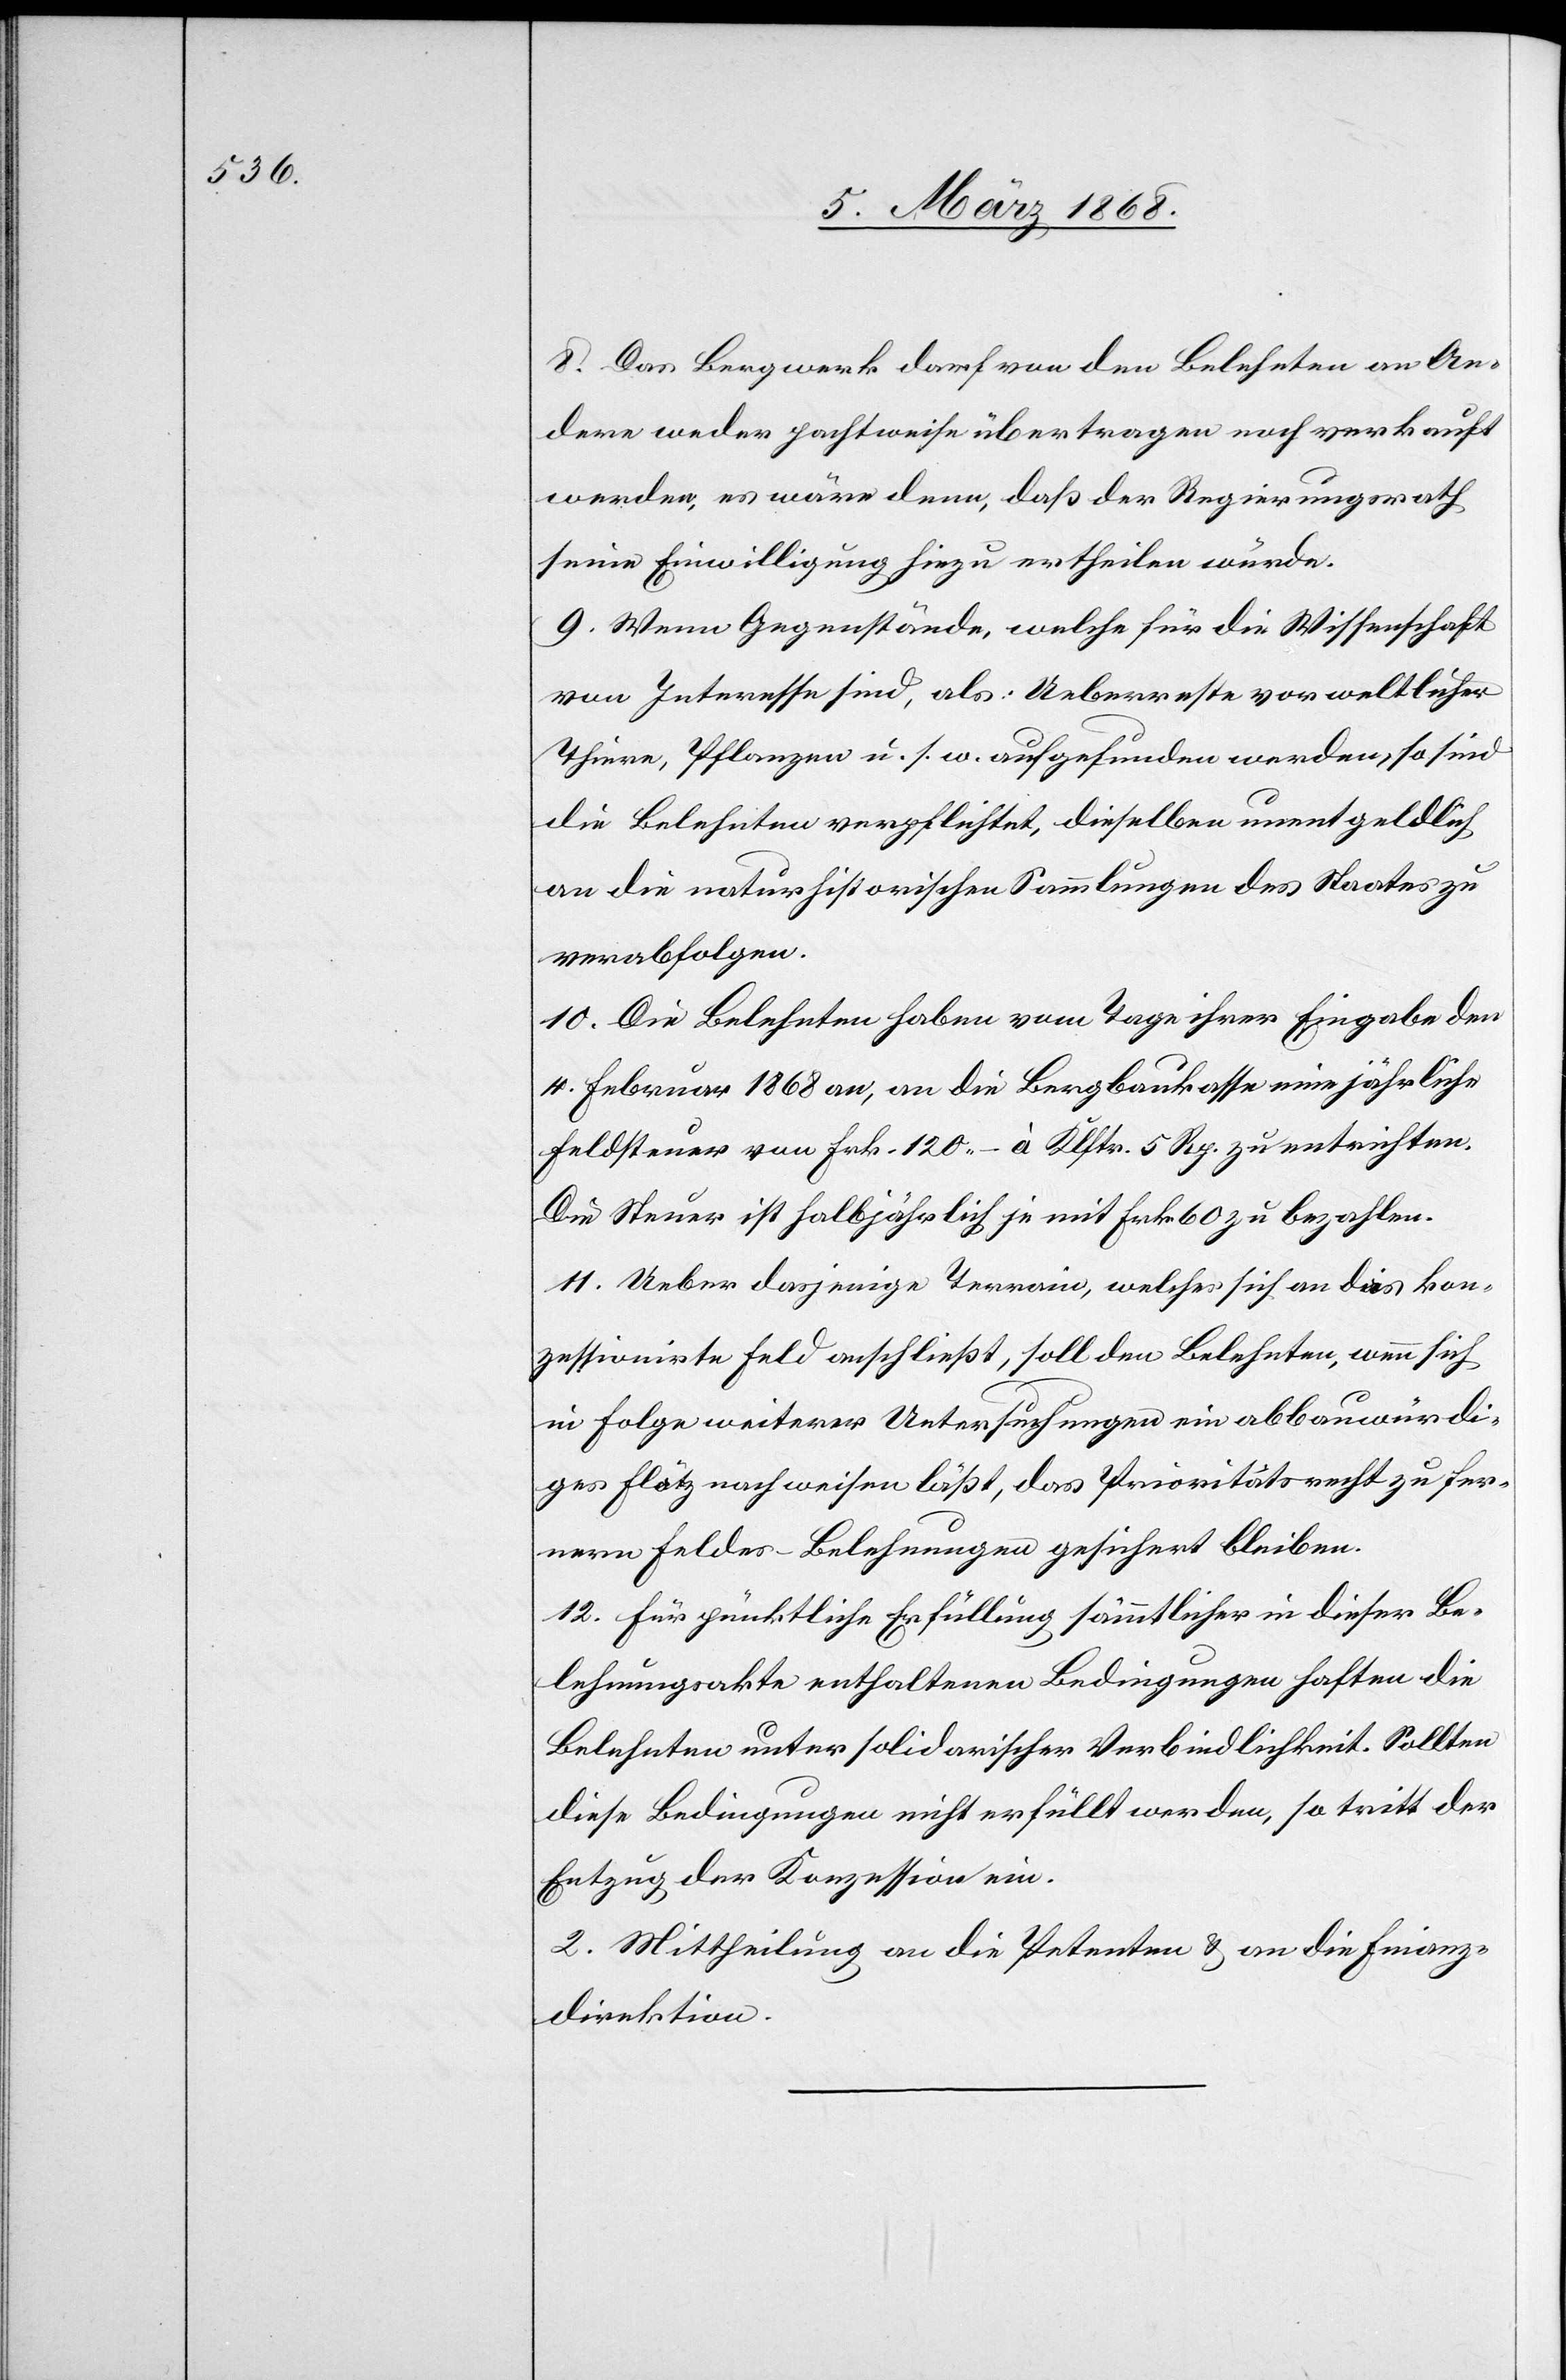
8. Das Bergwerk darf von den Belehnten an An¬
dere weder pachtweise übertragen noch verkauft
werden, es wäre denn, daß der Regierungsrath
seine Einwilligung hiezu ertheilen würde.
9. Wenn Gegenstände, welche für die Wissenschaft
von Interesse sind, als: Ueberreste vorweltlicher
Thiere, Pflanzen u. s. w. aufgefunden werden, so sind
die Belehnten verpflichtet, dieselben unentgeldlich
an die naturhistorischen Sammlungen des Staates zu
verabfolgen.
10. Die Belehnten haben vom Tage ihrer Eingabe den
4. Februar 1868 an, an die Bergbaukasse eine jährliche
Feldsteuer von Frk. 120.– à Klftr. 5 Rp. zu entrichten.
Die Steuer ist halbjährlich je mit Frk. 60 zu bezahlen.
11. Ueber dasjenige Terrain, welches sich an das kon¬
zessionirte Feld anschließt, soll den Belehnten, wenn sich
in Folge weiterer Untersuchungen ein abbauwürdi¬
ges Flötz nachweisen läßt, das Prioritätsrecht zu fer¬
nern Feldes-Belehnungen gesichert bleiben.
12. Für pünktliche Erfüllung sämmtlicher in dieser Be¬
lehnungsakte enthaltenen Bedingungen haften die
Belehnten unter solidarischer Verbindlichkeit. Sollten
diese Bedingungen nicht erfüllt werden, so tritt der
Entzug der Konzession ein.
2. Mittheilung an die Petenten & an die Finanz¬
direktion.